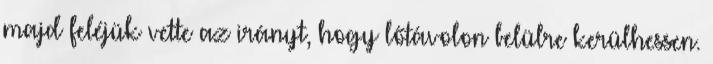
majd feléjük vette az irányt, hogy lőtávolon belülre kerülhessen.